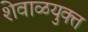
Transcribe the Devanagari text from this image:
शेवाळयुक्त